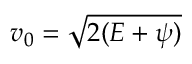
v _ { 0 } = \sqrt { 2 ( { \cal E } + { \psi } ) }